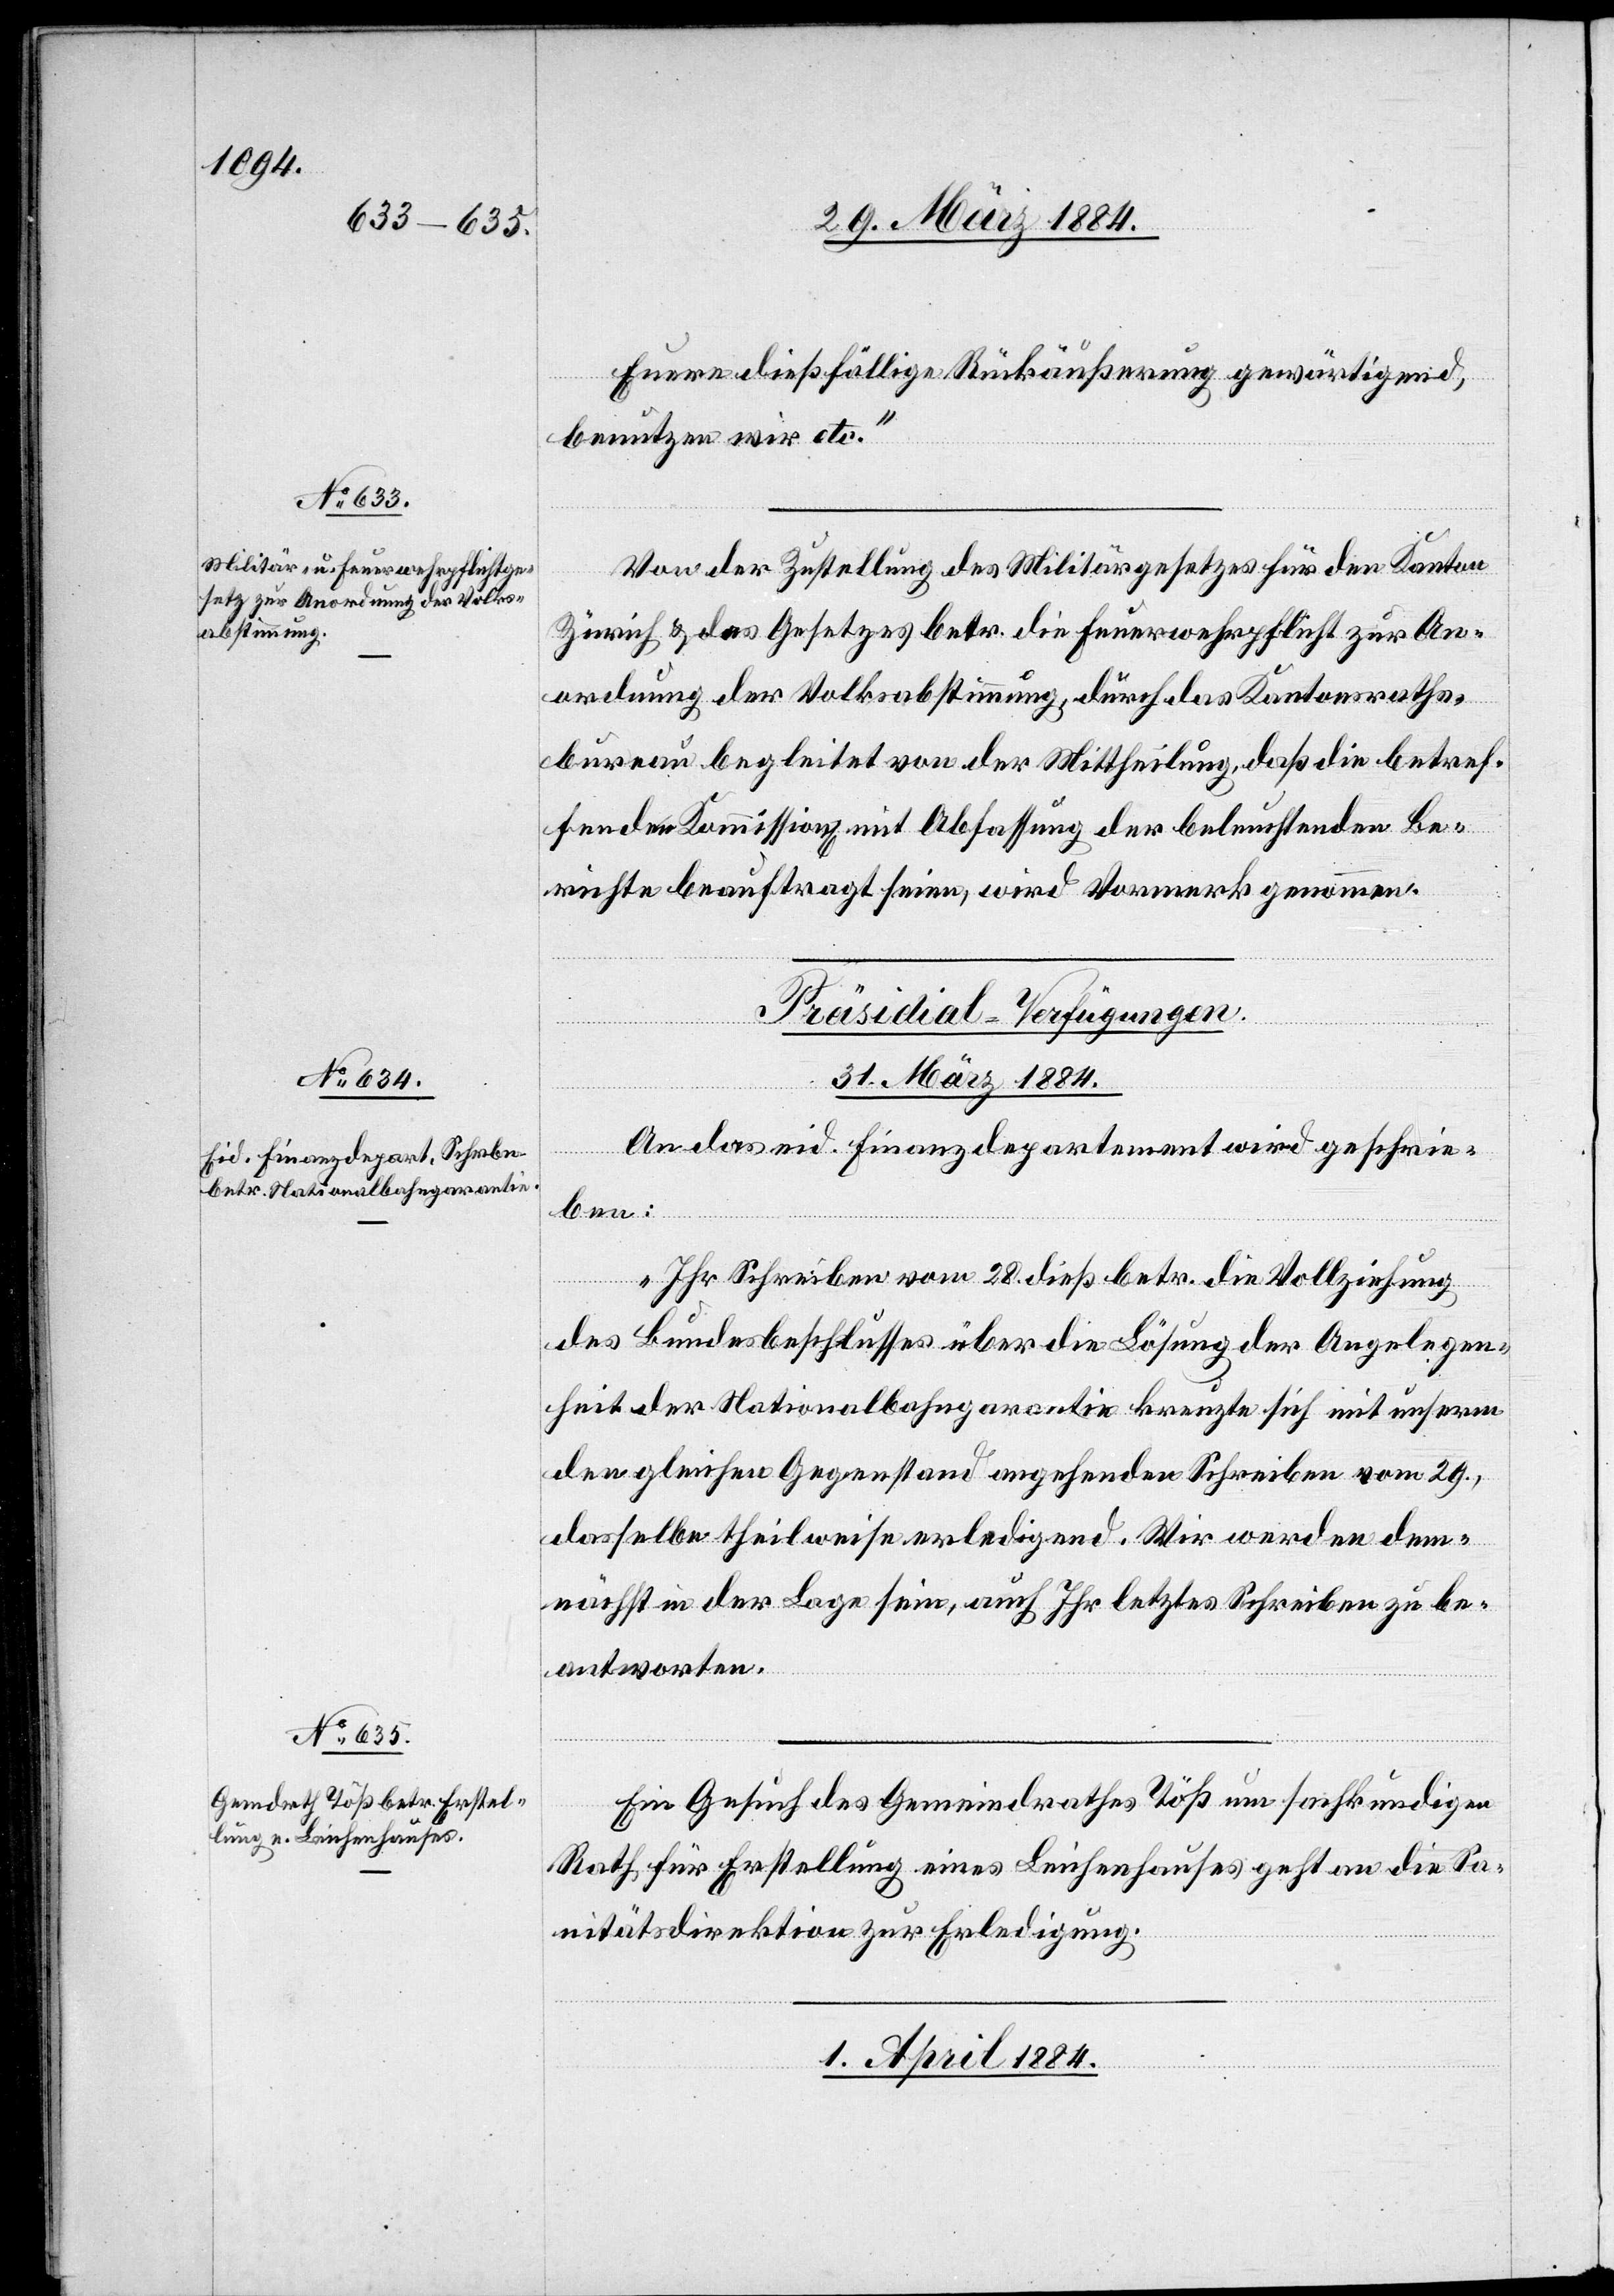
Euere dießfällige Rückäußerung gewärtigend,
benutzen wir etc.“
Von der Zustellung des Militärgesetzes für den Kanton
Zürich & des Gesetzes betr. die Feuerwehrpflicht zur An¬
ordnung der Volksabstimmung, durch das Kantonsraths¬
bureau begleitet von der Mittheilung, daß die betref¬
fenden Kommission[en] mit Abfassung der beleuchtenden Be¬
richte beauftragt seien, wird Vormerk genommen.
[Präsidial-Verfügungen.]
31. März 1884.]
An das eid. Finanzdepartement wird geschrie¬
ben:
„Ihr Schreiben vom 28. dieß betr. die Vollziehung
des Bundesbeschlusses über die Lösung der Angelegen¬
heit der Nationalbahngarantie kreuzte sich mit unserm
den gleichen Gegenstand angehenden Schreiben vom 29.,
dasselbe theilweise erledigend. Wir werden dem¬
nächst in der Lage sein, auch Ihr letztes Schreiben zu be¬
antworten.“
Ein Gesuch des Gemeindrathes Töß um sachkundigen
Rath für Erstellung eines Leichenhauses geht an die Sa¬
nitätsdirektion zur Erledigung.
1. April 1884.